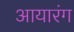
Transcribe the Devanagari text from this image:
आयारंग